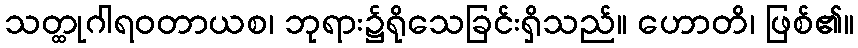
သတ္ထုဂါရဝတာယစ၊ ဘုရား၌ရိုသေခြင်းရှိသည်။ ဟောတိ၊ ဖြစ်၏။